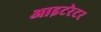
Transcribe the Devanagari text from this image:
आइटरेटर